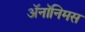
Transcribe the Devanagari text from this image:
ॲनॉनिमस